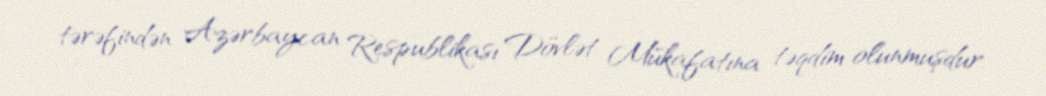
tərəfindən Azərbaycan Respublikası Dövlət Mükafatına təqdim olunmuşdur.